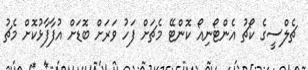
ޗެލްސީގެ ކޯޗު އެންޓޯނިއޯ ކޮންޓޭ މެޗަށް ފަހު ވަރަށް ބޮޑަށް އުފާފާޅުކޮށް މެޗު